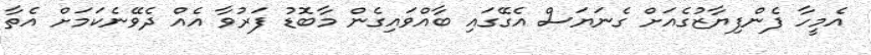
އެމީހާ ފެންފިޔާޒުގެއަށް ގެނަޔަސް އެގޭގައި ބާއްވައިގެން މާބޮޑު ފަރުވާ އެއް ދެވޭނެކަމަށް އެތާ